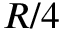
R / 4